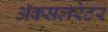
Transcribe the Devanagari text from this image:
ॲक्सलरेटर